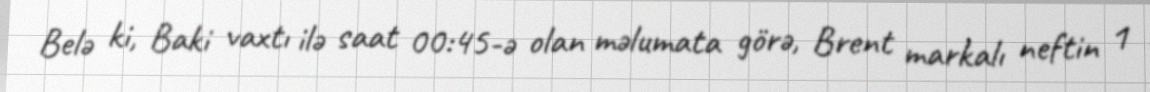
Belə ki, Baki vaxtı ilə saat 00:45-ə olan məlumata görə, Brent markalı neftin 1